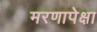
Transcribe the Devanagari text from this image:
मरणापेक्षा